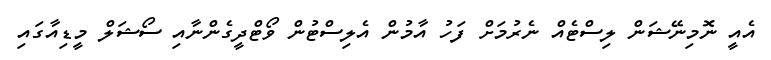
އެއީ ނޮމިނޭޝަން ލިސްޓެއް ނެރުމަށް ފަހު އާމުން އެލިސްޓުން ވޯޓްދީގެންނާއި ސޯޝަލް މީޑިއާގައި